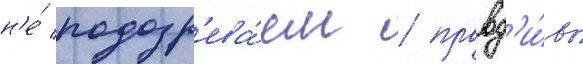
н'е́ подозр'ева́ем / правд'и́вы